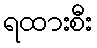
ရထားစီး